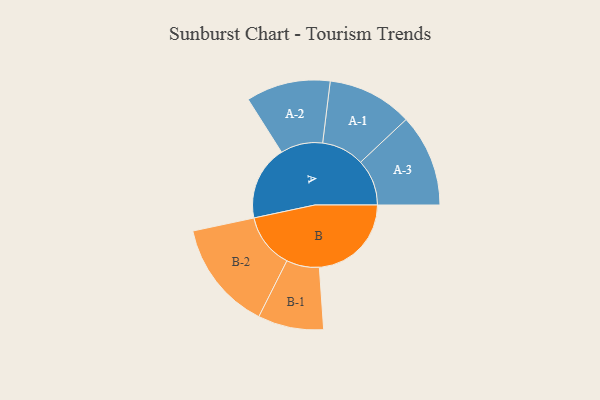
{"axis": {"x": "Segment", "y": "Value"}, "legend": ["", "A", "B"], "data": [{"x": "A", "y": 345, "type": ""}, {"x": "B", "y": 426, "type": ""}, {"x": "A-1", "y": 197, "type": "A"}, {"x": "A-2", "y": 195, "type": "A"}, {"x": "A-3", "y": 214, "type": "A"}, {"x": "B-1", "y": 152, "type": "B"}, {"x": "B-2", "y": 254, "type": "B"}]}